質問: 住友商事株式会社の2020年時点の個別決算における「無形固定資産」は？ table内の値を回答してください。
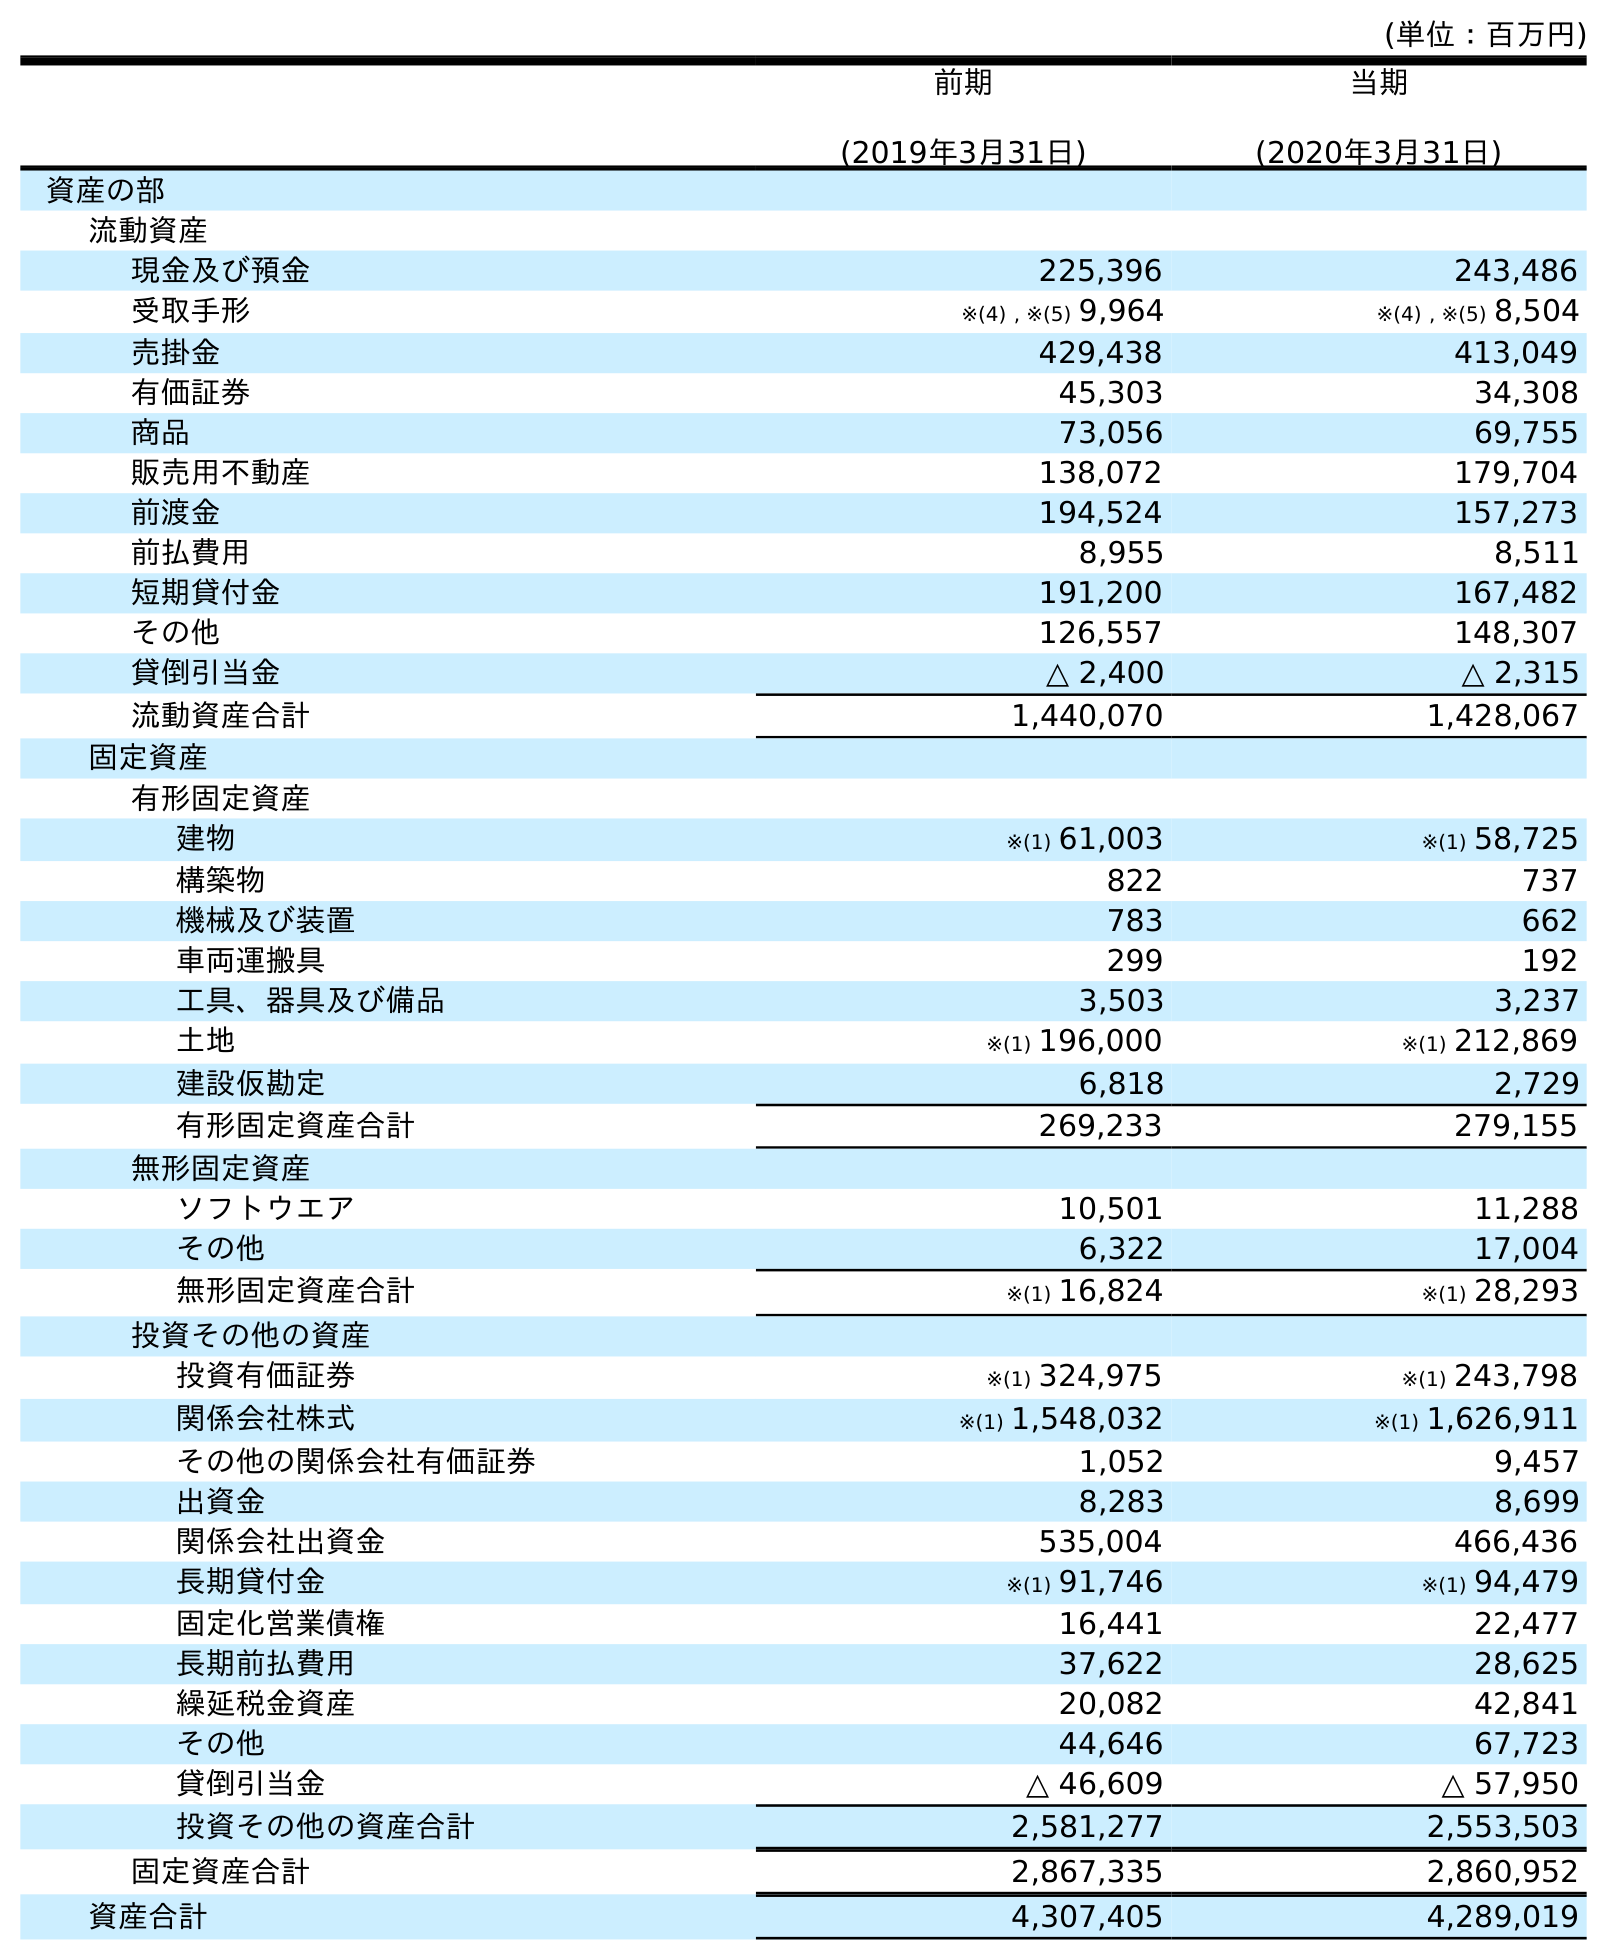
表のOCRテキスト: (単位：百万円) 前期 (2019年3月31日) 当期 (2020年3月31日) 資産の部 流動資産 現金及び預金 225,396 243,486 受取手形 ※(4) , ※(5) 9,964 ※(4) , ※(5) 8,504 売掛金 429,438 413,049 有価証券 45,303 34,308 商品 73,056 69,755 販売用不動産 138,072 179,704 前渡金 194,524 157,273 前払費用 8,955 8,511 短期貸付金 191,200 167,482 その他 126,557 148,307 貸倒引当金 △ 2,400 △ 2,315 流動資産合計 1,440,070 1,428,067 固定資産 有形固定資産 建物 ※(1) 61,003 ※(1) 58,725 構築物 822 737 機械及び装置 783 662 車両運搬具 299 192 工具、器具及び備品 3,503 3,237 土地 ※(1) 196,000 ※(1) 212,869 建設仮勘定 6,818 2,729 有形固定資産合計 269,233 279,155 無形固定資産 ソフトウエア 10,501 11,288 その他 6,322 17,004 無形固定資産合計 ※(1) 16,824 ※(1) 28,293 投資その他の資産 投資有価証券 ※(1) 324,975 ※(1) 243,798 関係会社株式 ※(1) 1,548,032 ※(1) 1,626,911 その他の関係会社有価証券 1,052 9,457 出資金 8,283 8,699 関係会社出資金 535,004 466,436 長期貸付金 ※(1) 91,746 ※(1) 94,479 固定化営業債権 16,441 22,477 長期前払費用 37,622 28,625 繰延税金資産 20,082 42,841 その他 44,646 67,723 貸倒引当金 △ 46,609 △ 57,950 投資その他の資産合計 2,581,277 2,553,503 固定資産合計 2,867,335 2,860,952 資産合計 4,307,405 4,289,019
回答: ※(1)28,293